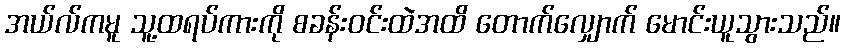
အယ်လ်ကမူ သူ့ထရပ်ကားကို စခန်းဝင်းထဲအထိ တောက်လျှောက် မောင်းယူသွားသည်။